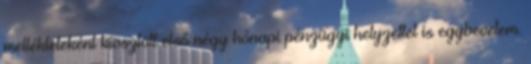
mellékleteként kiosztott első négy hónapi pénzügyi helyzettel is egybevetem.